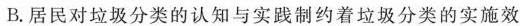
B.居民对垃圾分类的认知与实践制约着垃圾分类的实施